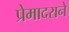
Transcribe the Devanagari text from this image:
प्रेमादराने